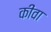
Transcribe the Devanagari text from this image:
कींवा